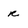
Character: r